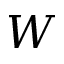
W